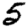
Digit: 5